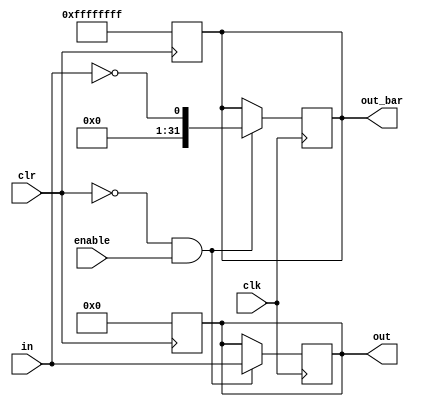
`timescale 1ns/1ps


`define SIZE_REG 32
`define SIZE_MUX 32
`define SIZE_ADDER 64


//------------------------------------------------------------------------------------------------------------------------
//------------------------------------------------------------------------------------------------------------------------
// Modulo de registro de N bits.
//------------------------------------------------------------------------------------------------------------------------
//------------------------------------------------------------------------------------------------------------------------
module regN(in,clk,clr,enable,out,out_bar);
	
	parameter size = `SIZE_REG;
	
	// Se tienen las entradas:
	// - in: el dato de entrada, un vector de SIZE bits.
	// - clk: reloj del registro.
	// - clr: reset del registro.
	// - out, out_bar: salidas del registro, son vectores de SIZE bits.
	input [size-1:0] in;
	input clk,clr,enable;
	output [size-1:0] out;
	output [size-1:0] out_bar;
	reg [size-1:0] out;
	reg [size-1:0] out_bar;
	reg [size-1:0]clear;
	
	// Se crea un bloque para definir la funcin que realiza un registro tipo PIPO (Parallel Input Parallel Output).
	// Si ocurre un flanco positivo del reloj y reset (clr) se encuentra a 0 se pasa el dato de entrada a la salida.
	always @(posedge clk) begin

		if (clr==0 && enable==1) begin 
		 
			out <= in;
			out_bar <= !in;
		
		end 
		
	end
	
	
	// Si ocurre un clr, la salida de los registros se vuelve 0 en q y 1 en q_bar.
	// REVISAR SI DEBE SER UN POSEDGE O POR NIVEL.
	always @(posedge clr) begin
	
		clear = 0;
		
		if (clr==1) begin 
		
			out <= clear; 
			out_bar<= ~clear; 
			
		end
	
	end 

endmodule




//------------------------------------------------------------------------------------------------------------------------
//------------------------------------------------------------------------------------------------------------------------
// Modulo Multiplexor 2N a N
//------------------------------------------------------------------------------------------------------------------------
//------------------------------------------------------------------------------------------------------------------------

module mux2NaN(select, d1,d2, q);

	parameter size = `SIZE_MUX;

	 // Se tiene como entradas:
	 // - select: corresponde a la entrada de seleccion, como
	 //   se esta escogiendo entre 2 vectores de SIZE bits se necesita
	 //   unicamente 1 bit para la seleccion.
	 //
	 // - d1, d2: Corresponden a vectores de SIZE bits de entrada del mux
	 //
	 // Se tiene como salida:
	 // - q: Corresponde a un vector de SIZE bits que es la salida del mux.
	input select;
	output [size-1:0]q;
	reg [size-1:0] q;
	input [size-1:0] d1,d2;

	// Secuencia de seleccin de datos
	always @(*) begin

		case(select)
		
			0: q <= d1;
			1: q <= d2;
			
		endcase

	end
	
endmodule






//------------------------------------------------------------------------------------------------------------------------
//------------------------------------------------------------------------------------------------------------------------
// Modulo sumador de N bits
//------------------------------------------------------------------------------------------------------------------------
//------------------------------------------------------------------------------------------------------------------------

module adderN(in1,in2,out);

	parameter size = `SIZE_ADDER;

	// Se tiene como entrada los 2 vectores a sumar de tamao SIZE.
	input [size-1:0] in1,in2;
	
	// Se tiene como salida un vecctor que es el resultado de la suma
	// y es tamao SIZE al igual que las entradas.
	output [size-1:0]out;
	reg [size-1:0] out;
	

	// Cada vez que cambie alguna de las entradas, se recalcula
	// el resultado de la suma.
	always @(*) begin

	  out = in1+in2;

	end
	
endmodule


//------------------------------------------------------------------------------------------------------------------------
//------------------------------------------------------------------------------------------------------------------------
//Modulo Divisor de frecuencias
//------------------------------------------------------------------------------------------------------------------------
//------------------------------------------------------------------------------------------------------------------------
module divisorFrecuencia(clkin,seleccion,enable,clka,clkout);
	
	input clkin;
	input [1:0] seleccion;
	input enable;

	output clkout,clka;
	reg clkout,clka;

	wire clkin;
	reg clkin2;
	reg clkin4;
	reg clkin8;
	reg clkin16;

	initial 
	begin
	clkout = 1'b0;
	clka = 0;
	clkin2 = 0;
	clkin4 = 0;
	clkin8 = 0;
	clkin16 = 0;
	end

	
	always @ (posedge clkin) 
	begin 
		clkin2 <= !clkin2; 
	end

	always @ (posedge clkin2) 
	begin 
		clkin4 <= !clkin4; 
	end

	always @ (posedge clkin4) 
	begin 
		clkin8 <= !clkin8; 
	end

	always @ (posedge clkin8) 
	begin 
		clkin16 <= !clkin16; 
	end

	always @(enable or clkin) begin  
	  if(!enable)
	  
	    clka = clkin;
	  
	    if(seleccion == 0)
	      
	      clkout <= clkin2;

	    if(seleccion == 1)
	    
	      clkout <= clkin4;
	      
	    if(seleccion == 2)
	    
	      clkout <= clkin8;
	    
	    if(seleccion == 3)
	    
	      clkout <= clkin16;
	  else
	      clkout = 1'b0;
	end

	
endmodule 


//------------------------------------------------------------------------------------------------------------------------
//------------------------------------------------------------------------------------------------------------------------
//Modulo Reloj
//------------------------------------------------------------------------------------------------------------------------
//------------------------------------------------------------------------------------------------------------------------
module reloj(enable,clkout);

	input enable;

	output clkout;
	reg clkout;
	
	reg clk;
	
	initial clk = 0;
	
	always #3.2 clk = ~clk;
	
	always @(*)
	begin 
		if(enable)
	
		clkout = clk;
		
		else 
		
		clkout = 1'b0;
	end
	
endmodule